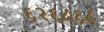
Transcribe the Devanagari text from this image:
६२६८६८